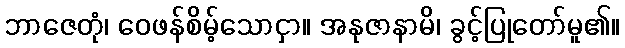
ဘာဇေတုံ၊ ဝေဖန်စိမ့်သောငှာ။ အနုဇာနာမိ၊ ခွင့်ပြုတော်မူ၏။